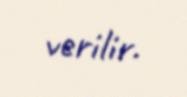
verilir.